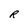
Character: R